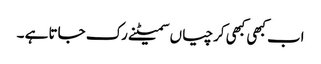
اب کبھی کبھی کرچیاں سمیٹنے رک جاتا ہے ۔